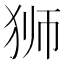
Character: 狮